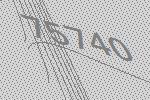
75740